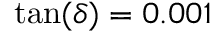
\mathrm { t a n } ( \delta ) = 0 . 0 0 1